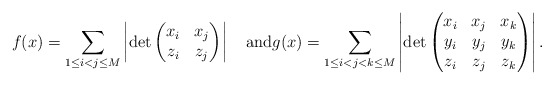
\begin{align*}f(x)=\sum_{1 \le i < j \le M} \left |\det\begin{pmatrix}x_i & x_j \\z_i & z_j \end{pmatrix}\right|\quad\hbox{and}g(x)=\sum_{1 \le i < j < k \le M} \left |\det\begin{pmatrix}x_i & x_j & x_k \\y_i & y_j & y_k \\z_i & z_j & z_k\end{pmatrix}\right|.\end{align*}